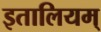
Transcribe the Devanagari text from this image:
इतालियम्